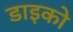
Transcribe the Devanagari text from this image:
डाइको